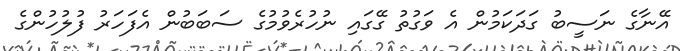
އޭނާގެ ނަސީބު ގަދަކަމުން އެ ވަގުތު ގޭގައި ނުހުރެވުމުގެ ސަބަބުން އެފަހަރު ފުލުހުންގެ